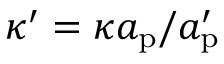
\kappa ^ { \prime } = \kappa a _ { \mathrm { p } } / a _ { \mathrm { p } } ^ { \prime }